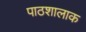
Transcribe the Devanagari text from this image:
पाठशालाक